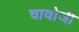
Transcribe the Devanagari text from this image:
चावोजी